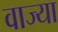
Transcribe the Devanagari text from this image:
वाज्या